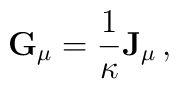
{\bf G}_\mu  = {1 \over \kappa}  {\bf J}_\mu  \,    ,